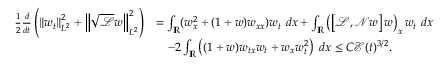
\begin{array} { r l } { \frac { 1 } { 2 } \frac { d } { d t } \left( \left\| w _ { t } \right\| _ { L ^ { 2 } } ^ { 2 } + \left\| \sqrt { \mathscr { L } } w \right\| _ { L ^ { 2 } } ^ { 2 } \right) } & { = \int _ { \mathbb R } ( w _ { x } ^ { 2 } + ( 1 + w ) w _ { x x } ) w _ { t } \ d x + \int _ { \mathbb R } \left( \left[ \mathscr { L } , \mathscr { N } w \right] w \right) _ { x } w _ { t } \ d x } \\ & { \quad - 2 \int _ { \mathbb R } \left( ( 1 + w ) w _ { t x } w _ { t } + w _ { x } w _ { t } ^ { 2 } \right) \ d x \leq C \mathcal { E } ( t ) ^ { 3 / 2 } . } \end{array}